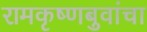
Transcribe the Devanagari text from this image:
रामकृष्णबुवांचा